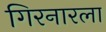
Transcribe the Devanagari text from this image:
गिरनारला